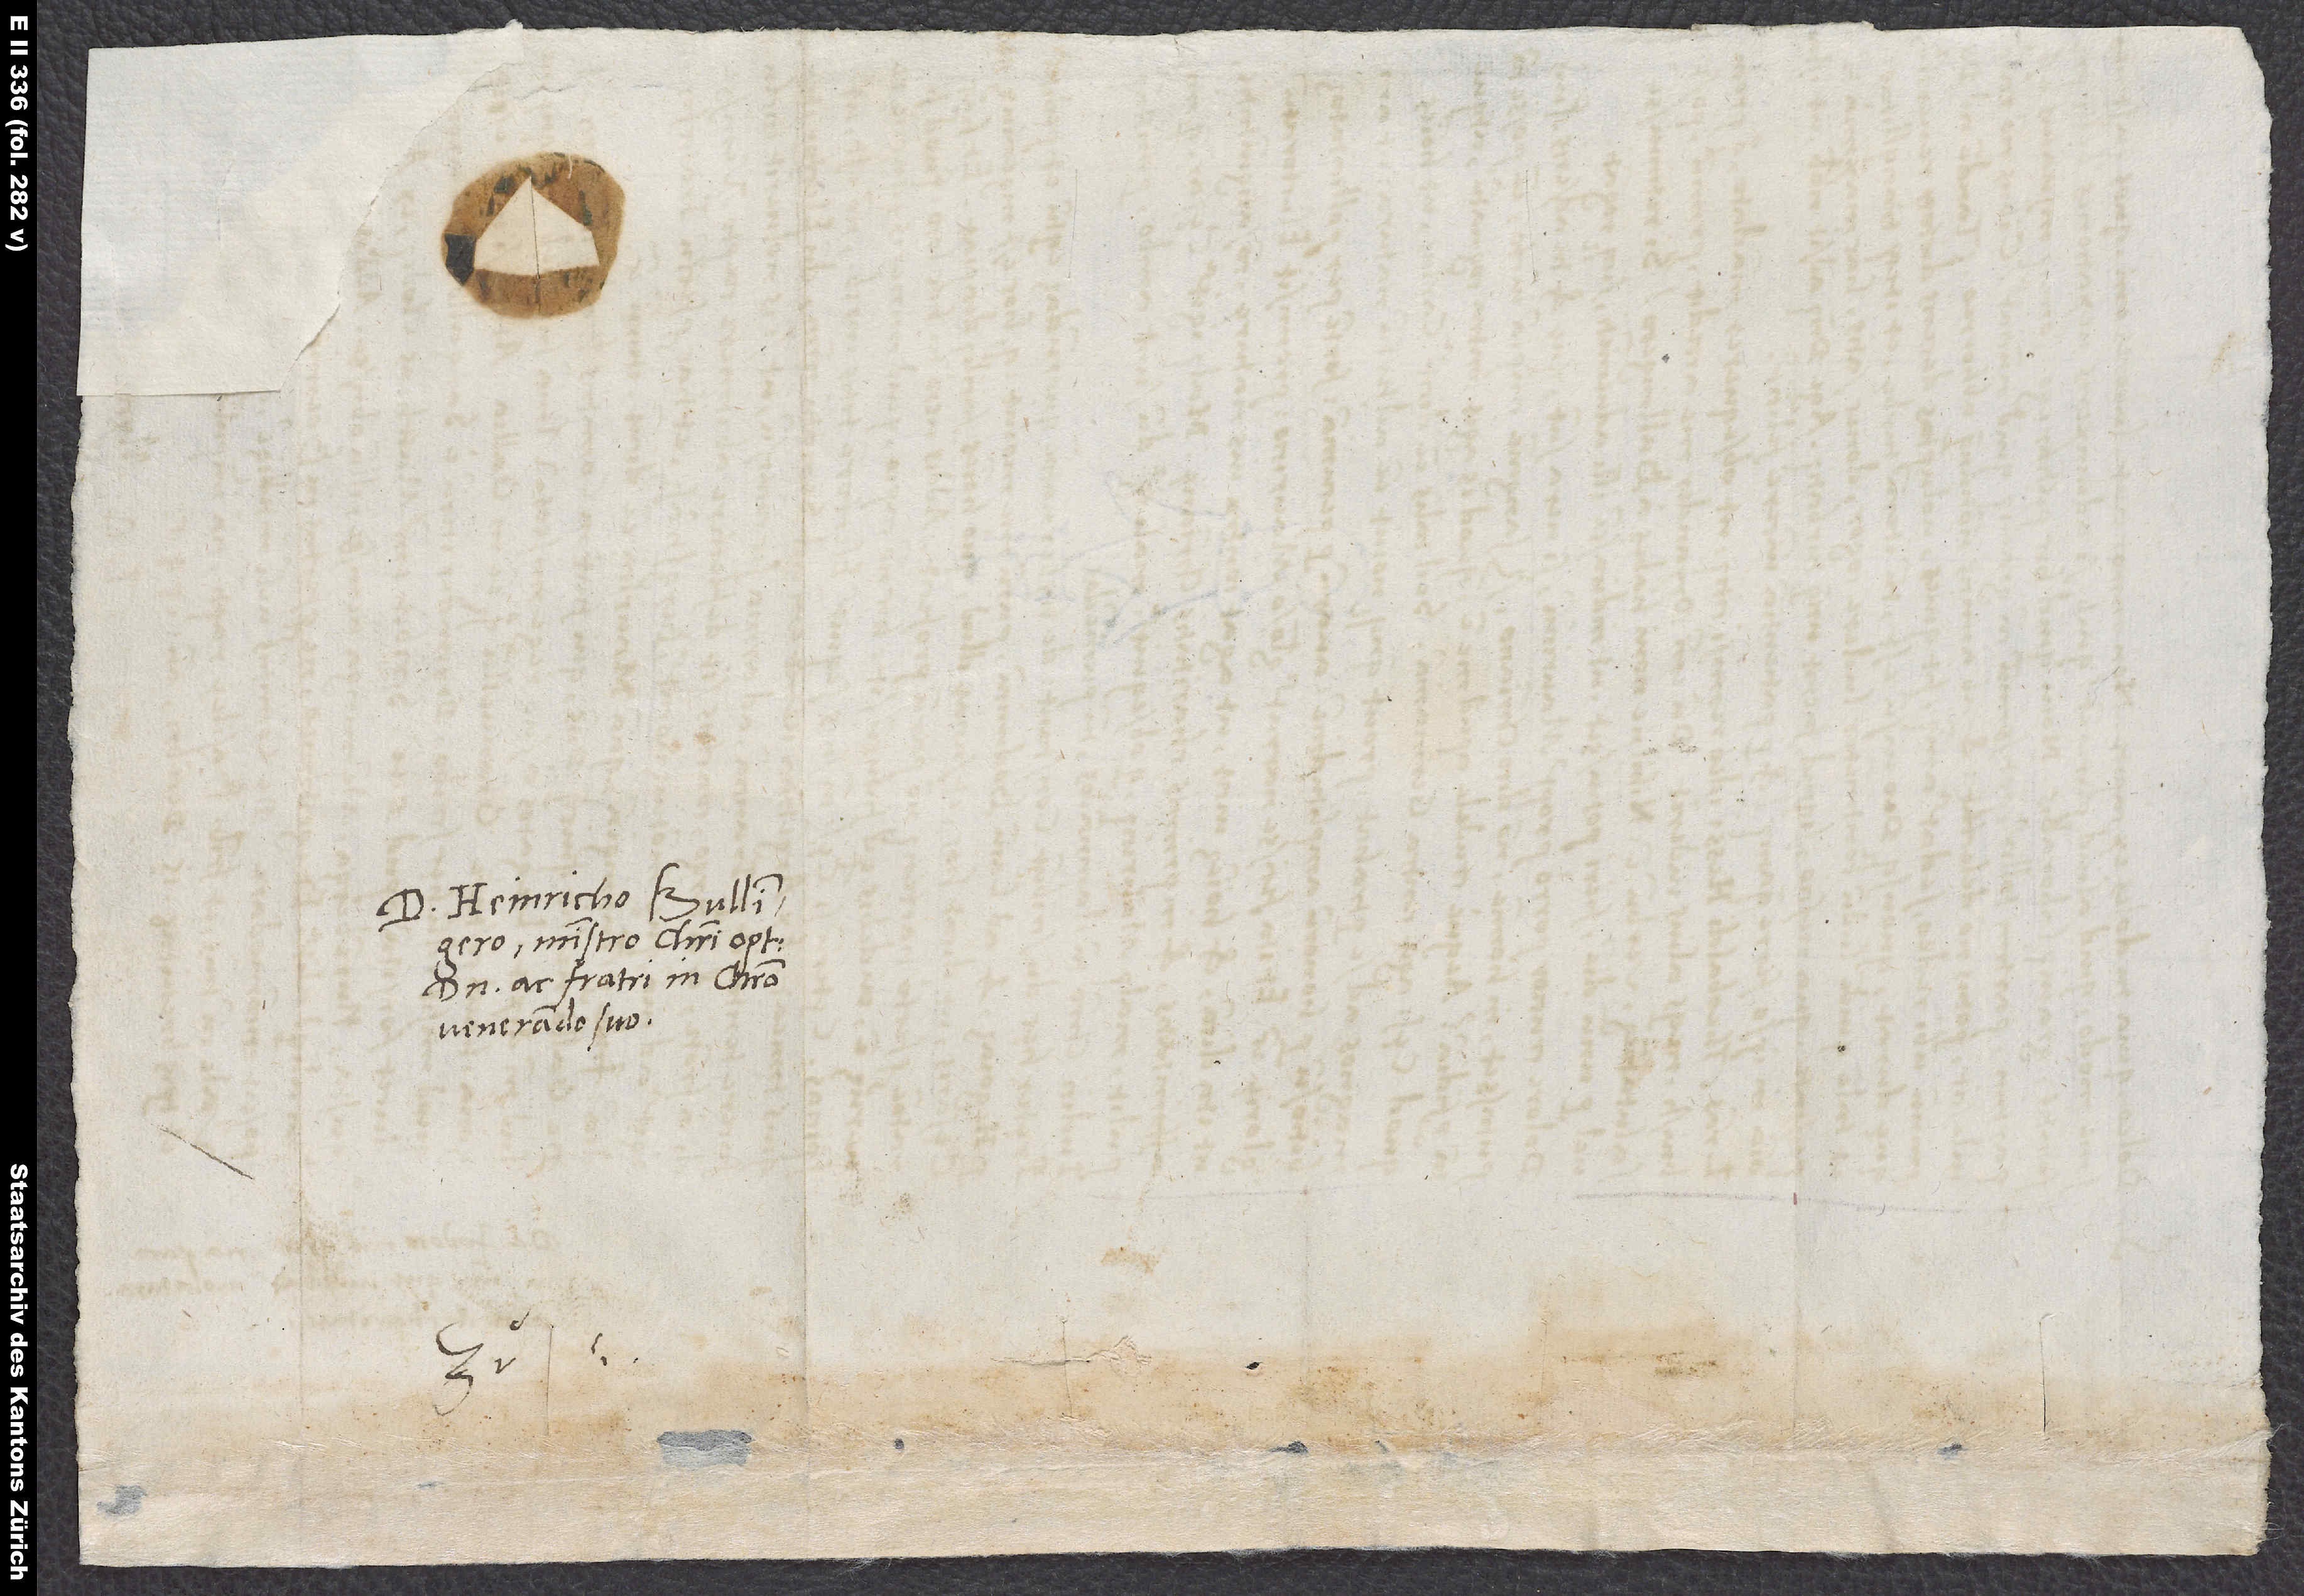
D. Heinricho Bullingero,
ministro Christi optimo,
domino ac fratri in Christo
venerando suo.
S.